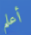
أعلم